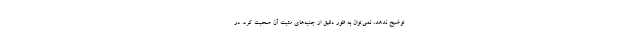
توضیح ندهد، نمی‌توان به طور دقیق از جنبه‌های مثبت آن صحبت کرد. در